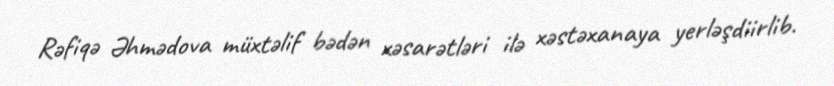
Rəfiqə Əhmədova müxtəlif bədən xəsarətləri ilə xəstəxanaya yerləşdiirlib.